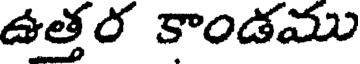
ఉత్తర కాండము